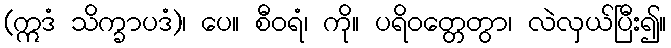
(ဣဒံ သိက္ခာပဒံ)၊ ပေ။ စီဝရံ၊ ကို။ ပရိဝတ္တေတွာ၊ လဲလှယ်ပြီး၍။